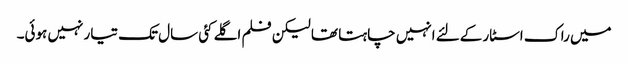
میں راک اسٹار کےلئے انہیں چاہتا تھا لیکن فلم اگلے کئی سال تک تیار نہیں ہوئی۔